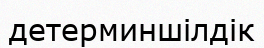
детерминшілдік